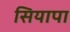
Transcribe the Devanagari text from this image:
सियापा